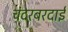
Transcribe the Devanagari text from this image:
चंदरबरदाई